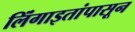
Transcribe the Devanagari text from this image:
लिंंगाइतांपासून